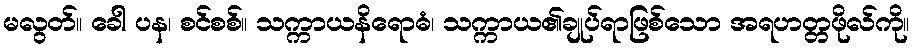
မလွတ်။ ခေါ ပန၊ စင်စစ်။ သက္ကာယနိရောဓံ၊ သက္ကာယ၏ချုပ်ရာဖြစ်သော အရဟတ္တဖိုလ်ကို။